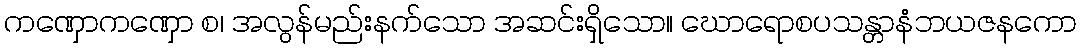
ကဏှောကဏှော စ၊ အလွန်မည်းနက်သော အဆင်းရှိသော။ ဃောရောစပသန္တာနံဘယဇနကော